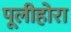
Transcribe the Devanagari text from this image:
पूलीहोरा